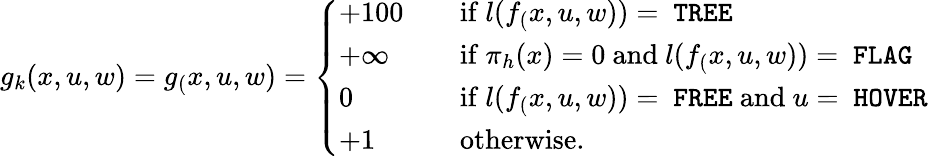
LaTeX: g_{k}(x,u,w)=g_(x,u,w)=\left\{ \begin{array}{ll}{+100\quad}&{\mathrm{if~}l(f_(x,u,w))=\mathrm{~\texttt{TREE}}}\\ {+\infty}&{\mathrm{if~}\pi_{h}(x)=0\mathrm{~and~}l(f_(x,u,w))=\mathrm{~\texttt{FLAG}}}\\ {0}&{\mathrm{if~}l(f_(x,u,w))=\mathrm{~\texttt{FREE}~and~}u=\mathrm{~\texttt{HOVER}}}\\ {+1}&{\mathrm{otherwise}.}\end{array}\right.